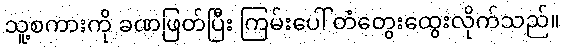
သူ့စကားကို ခဏဖြတ်ပြီး ကြမ်းပေါ် တံတွေးထွေးလိုက်သည်။